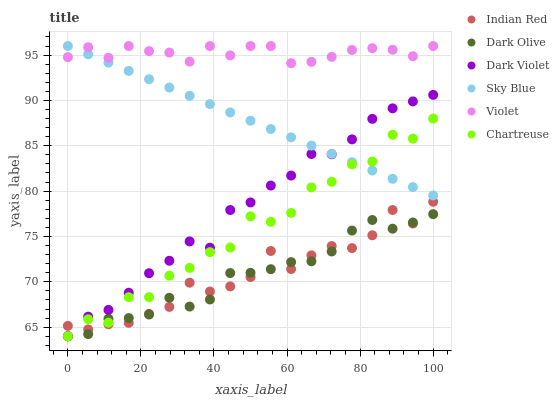
| xaxis_label | Indian Red | Dark Olive | Dark Violet | Sky Blue | Violet | Chartreuse |
 | --- | --- | --- | --- | --- | --- | --- |
 | 0 | 65.1 | 64 | 64 | 96 | 94.8 | 64 |
 | 5.56 | 64.8 | 64.2 | 66.2 | 95.1 | 95.9 | 65.9 |
 | 11.1 | 65.3 | 65.9 | 66.9 | 94.2 | 94.7 | 65.5 |
 | 16.7 | 65.5 | 66 | 68.8 | 93.3 | 96 | 68.3 |
 | 22.2 | 66.5 | 66.4 | 71 | 92.3 | 95.4 | 68.3 |
 | 27.8 | 67.2 | 68.2 | 72.3 | 91.4 | 95.3 | 70.7 |
 | 33.3 | 69.9 | 67.3 | 74.5 | 90.5 | 94.3 | 71.5 |
 | 38.9 | 68.9 | 68.1 | 73.8 | 89.6 | 96 | 73.3 |
 | 44.4 | 69.5 | 71 | 77.9 | 88.7 | 95 | 73.8 |
 | 50 | 70.5 | 71 | 78.8 | 87.8 | 96 | 77.2 |
 | 55.6 | 73.4 | 71.4 | 80.6 | 86.8 | 96 | 76.6 |
 | 61.1 | 71.4 | 72.2 | 81.7 | 85.9 | 94.1 | 77.6 |
 | 66.7 | 72.9 | 72.3 | 84.1 | 85 | 94.3 | 80.4 |
 | 72.2 | 73.9 | 73.3 | 84.1 | 84.1 | 94.8 | 81 |
 | 77.8 | 73.7 | 75.7 | 85.7 | 83.2 | 95.6 | 82.9 |
 | 83.3 | 75.1 | 76.8 | 88 | 82.3 | 95.8 | 83.3 |
 | 88.9 | 77.9 | 75.9 | 89.1 | 81.4 | 95.6 | 86.2 |
 | 94.4 | 76.4 | 76.5 | 89.9 | 80.4 | 94.9 | 85.8 |
 | 100 | 78.8 | 77.5 | 90.6 | 79.5 | 96 | 88 |